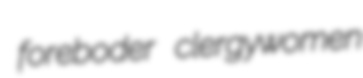
foreboder clergywomen